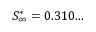
S _ { \infty } ^ { * } = 0 . 3 1 0 . . .